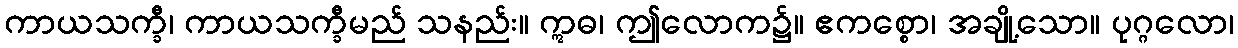
ကာယသက္ခီ၊ ကာယသက္ခီမည် သနည်း။ ဣဓ၊ ဤလောက၌။ ဧကစ္စော၊ အချို့သော။ ပုဂ္ဂလော၊